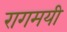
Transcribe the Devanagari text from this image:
रागमयी